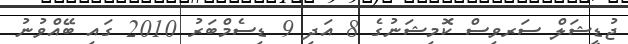
ޖުޑީޝަލް ސަރވިސް ކޮމިޝަނުގެ 8 އަދި 9 ޑިސެމްބަރު 2010 ގައި ބޭއްވުނު